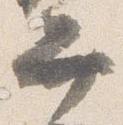
弁